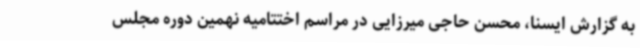
به گزارش ایسنا، محسن حاجی میرزایی در مراسم اختتامیه نهمین دوره مجلس